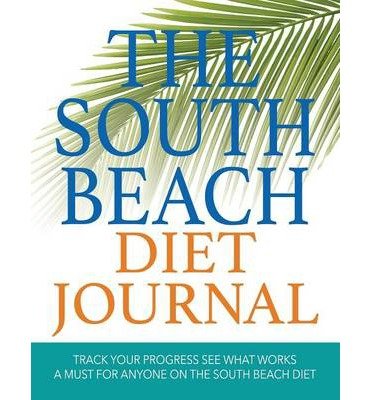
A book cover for [ The South Beach Diet Journal: Track Your Progress See What Works: A Must for Anyone on the South Beach Diet Publishing LLC, Speedy ( Author ) ] { Paperback } 2014; Speedy Publishing LLC; Health, Fitness & Dieting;